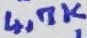
Text: 4,7K